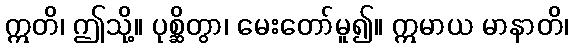
ဣတိ၊ ဤသို့။ ပုစ္ဆိတွာ၊ မေးတော်မူ၍။ ဣမာယ မာနာတိ၊